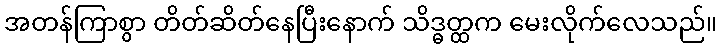
အတန်ကြာစွာ တိတ်ဆိတ်နေပြီးနောက် သိဒ္ဓတ္ထက မေးလိုက်လေသည်။